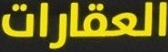
العقارات